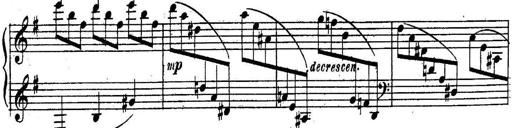
Title: Sonatine
Composer: Adrian Shaposhnikov
Key: E minor